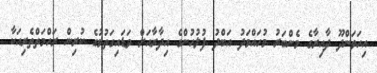
އިހަވަންދޫ ދާއިރާގެ މެންބަރު މުހައްމަދު އަބްދު ފުލުހުންގެ އިދާރާއަށް ވަޑައިގަތުމުގެ ކުރިން ރަހްމަތްތެރިއަކާ